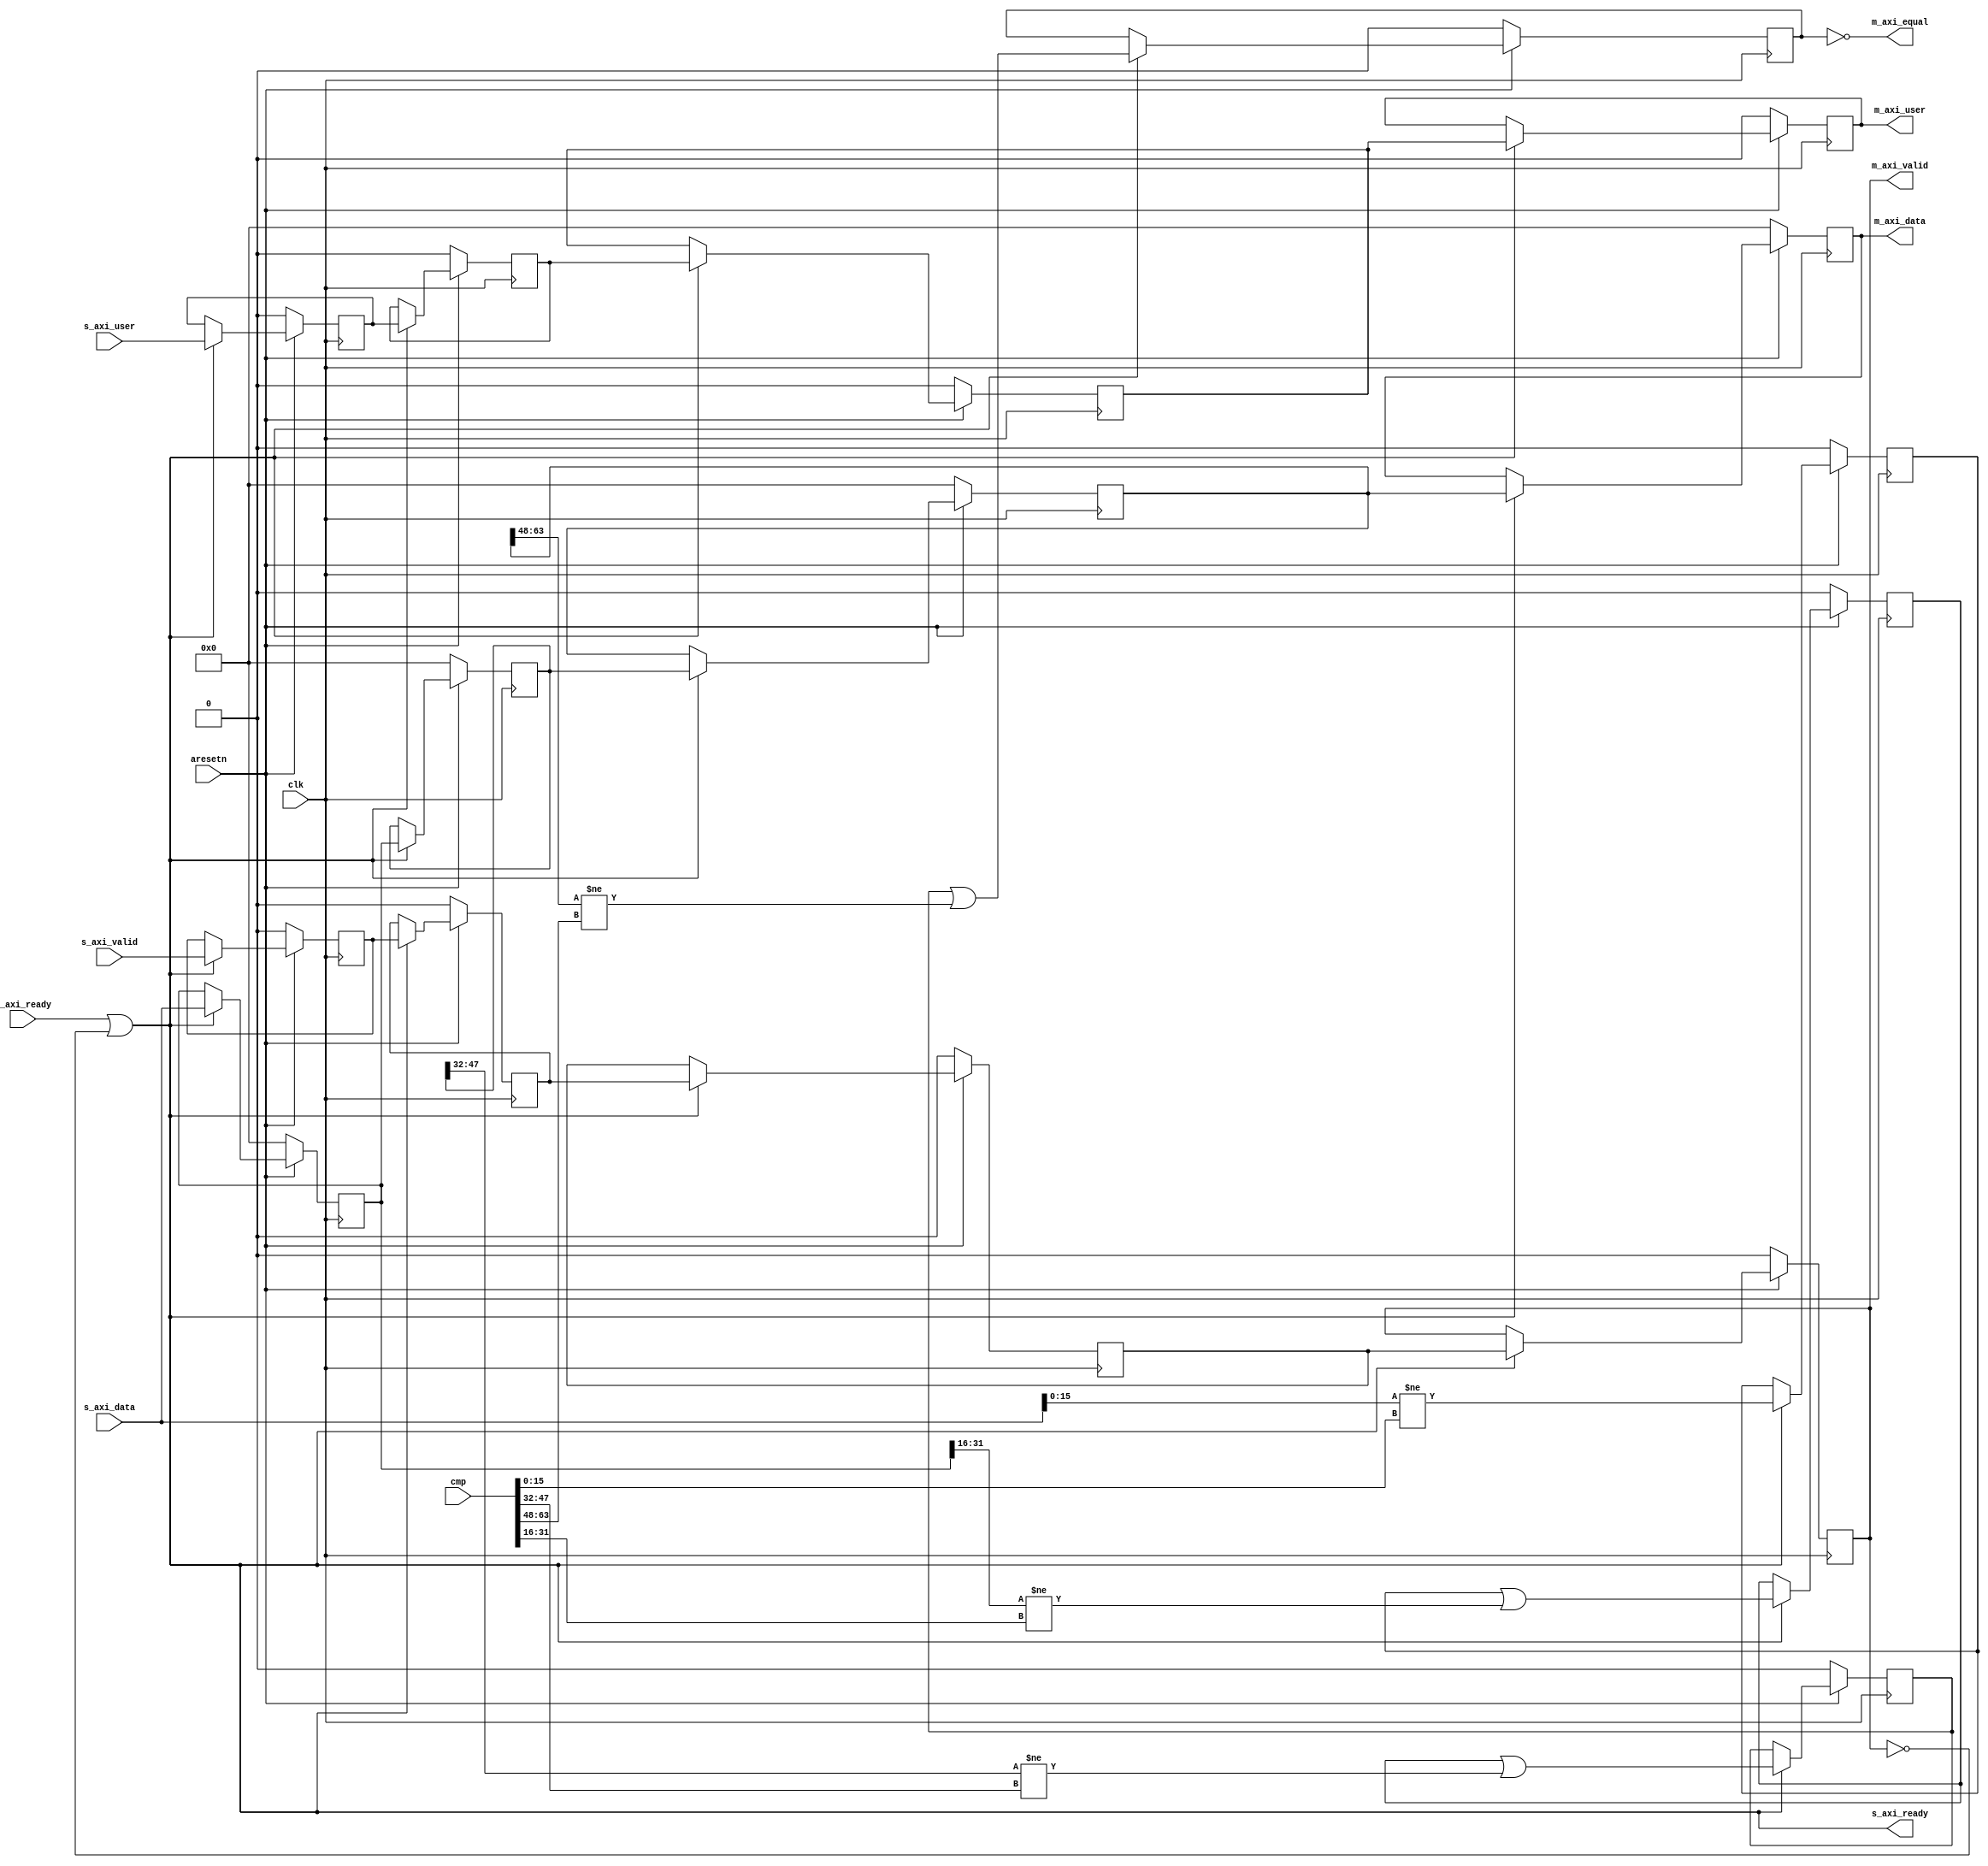
//untested

module axi_pipeline_equal #(
  parameter DWIDTH = 64,
  parameter UWIDTH = 1,
  parameter CHUNK_SZ = 16
)(
  input               clk,
  input               aresetn,

  input [DWIDTH-1:0]  cmp,

  output              s_axi_ready,
  input               s_axi_valid,
  input [DWIDTH-1:0]  s_axi_data,
  input [UWIDTH-1:0]  s_axi_user,

  input               m_axi_ready,
  output              m_axi_valid,
  output [DWIDTH-1:0] m_axi_data,
  output [UWIDTH-1:0] m_axi_user,
  output              m_axi_equal);

  localparam NUM_CHUNKS = DWIDTH/CHUNK_SZ;

  // @todo: add assert DWIDTH must be a multiple of CHUNK_SZ

  wire                advance;
  reg                 valid [0:NUM_CHUNKS-1];
  reg [UWIDTH-1:0]    user [0:NUM_CHUNKS-1];
  reg [DWIDTH-1:0]    data [0:NUM_CHUNKS-1];
  reg                 notequal [0:NUM_CHUNKS-1];

  assign advance = m_axi_ready | ~valid[NUM_CHUNKS-1];
  assign s_axi_ready = advance;

  assign m_axi_valid = valid[NUM_CHUNKS-1];
  assign m_axi_data = data[NUM_CHUNKS-1];
  assign m_axi_user = user[NUM_CHUNKS-1];
  assign m_axi_equal = ~notequal[NUM_CHUNKS-1];

  always @(posedge clk) begin: sync_proc
    integer i;

    if (aresetn == 1'b0) begin
      for (i=0; i < NUM_CHUNKS; i = i + 1) begin
        valid[i] <= 1'b0;
        user[i] <= 'd0;
        data[i] <= 'd0;
        notequal[i] <= 1'b0;
      end
    end else begin
      if (advance) begin
        valid[0] <= s_axi_valid;
        user[0] <= s_axi_user;
        data[0] <= s_axi_data;
        notequal[0] <= s_axi_data[0 +: CHUNK_SZ] != cmp[0 +: CHUNK_SZ];

        for (i=1; i < NUM_CHUNKS; i = i + 1) begin
          valid[i] <= valid[i - 1];
          user[i] <= user[i - 1];
          data[i] <= data[i - 1];
          notequal[i] <= notequal[i - 1] |
                         (data[i-1][i*CHUNK_SZ +: CHUNK_SZ] !=
                           cmp[i*CHUNK_SZ +: CHUNK_SZ]);
        end
      end
    end
  end

endmodule